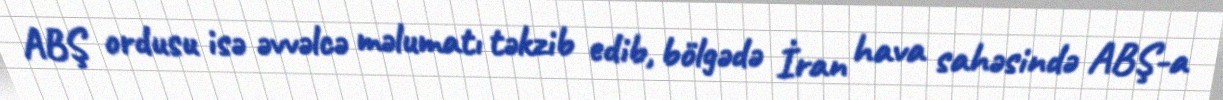
ABŞ ordusu isə əvvəlcə məlumatı təkzib edib, bölgədə İran hava sahəsində ABŞ-a